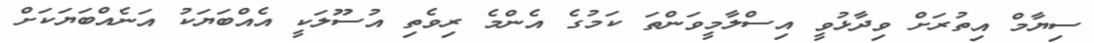
ސިޔާމް އިތުރަށް ވިދާޅުވީ އިސްލާމީވަންތަ ކަމުގެ އެންމެ ރިވެތި އުސޫލަކީ އެއްބަޔަކު އަނެއްބަޔަކަށް